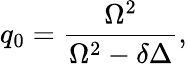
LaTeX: q_{0}=\frac{\Omega^{2}}{\Omega^{2}-\delta\Delta},